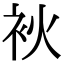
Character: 𤇷